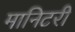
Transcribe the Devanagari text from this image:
मानिटरी